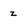
Character: Z